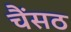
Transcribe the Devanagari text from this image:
चैंसठ